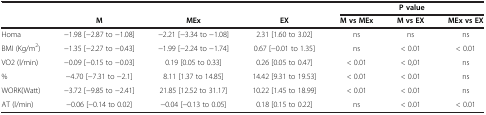
|  |  |  |  | <COLSPAN=3> P value |
 |  | M | MEx | EX | M vs MEx | M vs EX | MEx vs EX |
 | --- | --- | --- | --- | --- | --- | --- |
 | Homa | -1.98 [-2.87 to -1.08] | -2.21 [-3.34 to -1.08] | 2.31 [1.60 to 3.02] | ns | ns | ns |
 | BMI (Kg/m2) | -1.35 [-2.27 to -0.43] | -1.99 [-2.24 to -1.74] | 0.67 [-0.01 to 1.35] | ns | < 0.01 | < 0.01 |
 | VO2 (l/min) | -0.09 [-0.15 to -0.03] | 0.19 [0.05 to 0.33] | 0.26 [0.05 to 0.47] | < 0.01 | < 0,01 | ns |
 | % | -4.70 [-7.31 to -2.1] | 8.11 [1.37 to 14.85] | 14.42 [9.31 to 19.53] | < 0.01 | < 0.01 | ns |
 | WORK(Watt) | -3.72 [-9.85 to -2.41] | 21.85 [12.52 to 31.17] | 10.22 [1.45 to 18.99] | < 0.01 | < 0.01 | ns |
 | AT (l/min) | -0.06 [-0.14 to 0.02] | -0.04 [-0.13 to 0.05] | 0.18 [0.15 to 0.22] | ns | < 0.01 | < 0.01 |